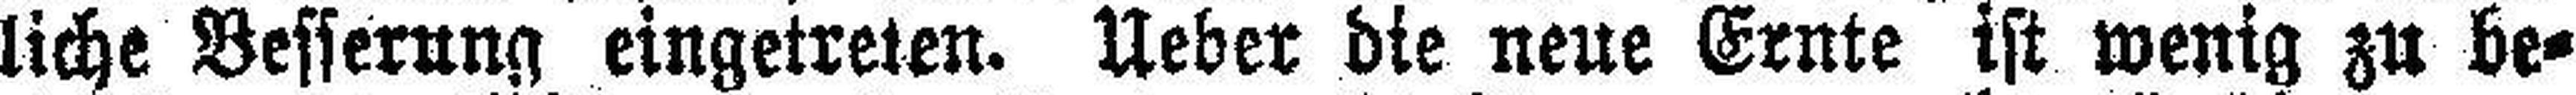
liche Besserung eingetreten. Ueber die neue Ernte ist wenig zu be¬